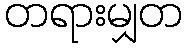
တရားမျှတ